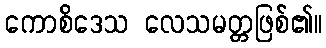
ကောစိဒေသ လေသမတ္တဖြစ်၏။